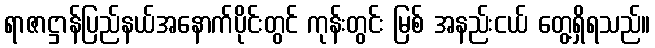
ရာဇာဋ္ဌာန်ပြည်နယ်အနောက်ပိုင်းတွင် ကုန်းတွင်း မြစ် အနည်းငယ် တွေ့ရှိရသည်။